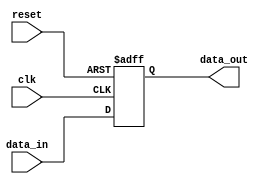
module Fallback_Bypass_Register (
  input wire clk,
  input wire reset,
  input wire [7:0] data_in,
  output reg [7:0] data_out
);

  reg [7:0] register;

  always @(posedge clk or posedge reset) begin
    if (reset) begin
      register <= 8'b0;
    end else begin
      register <= data_in;
    end
  end

  assign data_out = register;

endmodule